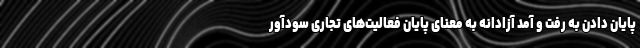
پایان دادن به رفت و آمد آزادانه به معنای پایان فعالیت‌های تجاری سودآور